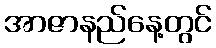
အာဇာနည်နေ့တွင်